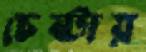
চেষ্টায়